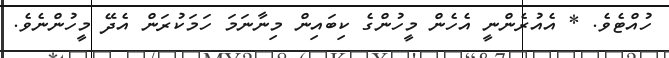
ހުއްޓެވެ. * އެއުރެންނީ އެހެން މީހުންގެ ކިބައިން މިނާނަމަ ހަމަކުރަން އެދޭ މީހުންނެވެ.